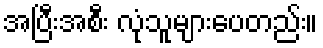
အပြီးအစီး လုံသူများပေတည်း။